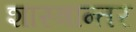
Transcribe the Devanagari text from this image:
शास्त्रान्तर